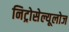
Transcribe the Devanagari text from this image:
निट्रोसेल्यूलोज